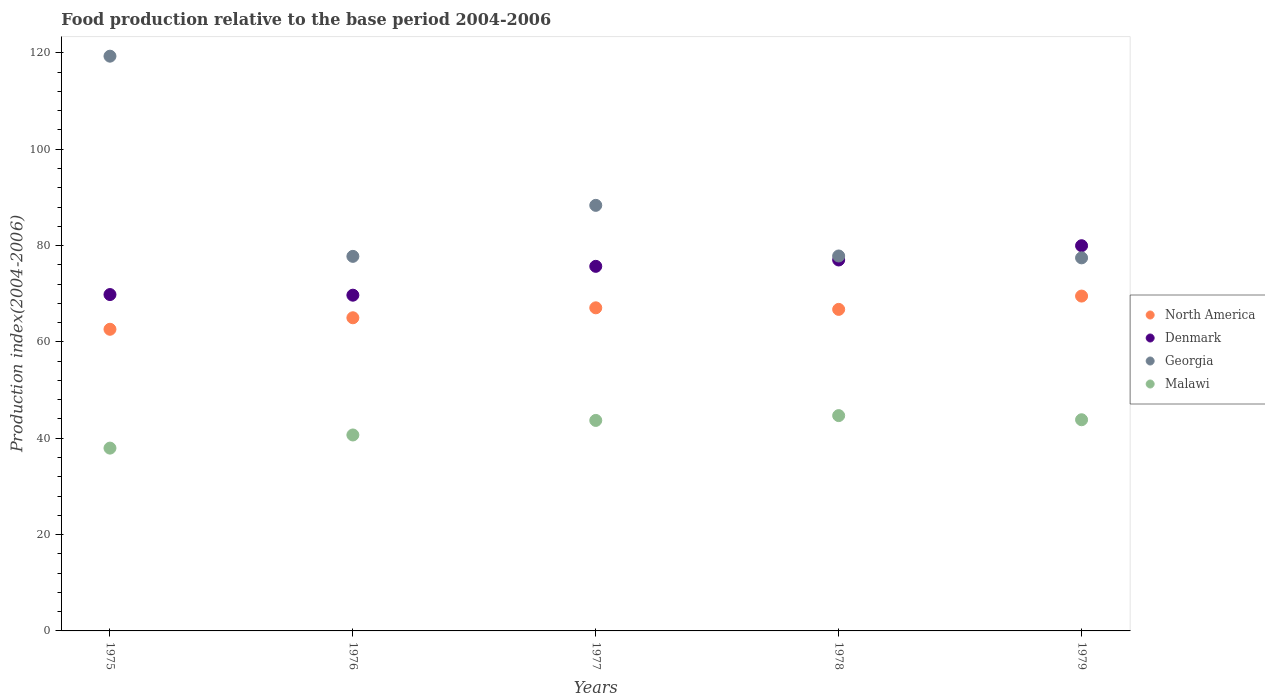
| Years | North America | Denmark | Georgia | Malawi |
 | --- | --- | --- | --- | --- |
 | 1975 | 62.6 | 69.8 | 119 | 38 |
 | 1976 | 65 | 69.7 | 77.8 | 40.7 |
 | 1977 | 67.1 | 75.7 | 88.3 | 43.7 |
 | 1978 | 66.8 | 77 | 77.8 | 44.7 |
 | 1979 | 69.5 | 80 | 77.5 | 43.8 |